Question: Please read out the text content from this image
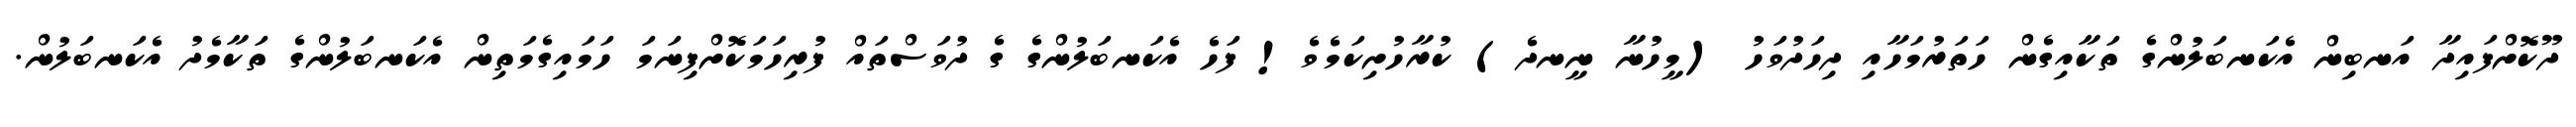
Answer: ދޫކޮށްފައިދާ އަނބިން އެކަނބަލުންގެ ތަކާއިގެން ހަތަރުމަހާއި ދިހަދުވަހު (މީހުނާ ނީނދެ) ކުރާހުށިކަމެވެ! ފަހެ އެކަނބަލުންގެ ގެ ދުވަސްތައް ފުރިހަމަކޮށްފިނަމަ ހަމައިގެމަތިން އެކަނބަލުންގެ ތަކާމެދު އެކަނބަލުން.